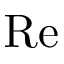
\mathrm { R e }